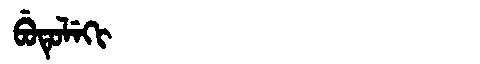
Manchu: ᠪᡠᡨᡠᠯᡝᡴᡳ
Romanization: BUTULEKI